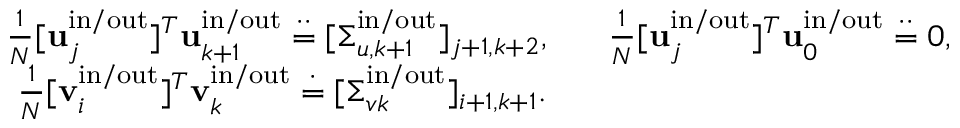
\begin{array} { r l } { \frac { 1 } { N } [ \mathbf { u } _ { j } ^ { \mathrm { i n } / \mathrm { o u t } } ] ^ { T } \mathbf { u } _ { k + 1 } ^ { \mathrm { i n } / \mathrm { o u t } } \stackrel { \cdot \cdot } { = } [ \boldsymbol { \Sigma } _ { u , k + 1 } ^ { \mathrm { i n } / \mathrm { o u t } } ] _ { j + 1 , k + 2 } , } & { \; \; \; \frac { 1 } { N } [ \mathbf { u } _ { j } ^ { \mathrm { i n } / \mathrm { o u t } } ] ^ { T } \mathbf { u } _ { 0 } ^ { \mathrm { i n } / \mathrm { o u t } } \stackrel { \cdot \cdot } { = } 0 , } \\ { \frac { 1 } { N } [ \mathbf { v } _ { i } ^ { \mathrm { i n } / \mathrm { o u t } } ] ^ { T } \mathbf { v } _ { k } ^ { \mathrm { i n } / \mathrm { o u t } } \stackrel { \cdot } { = } [ \boldsymbol { \Sigma } _ { v k } ^ { \mathrm { i n } / \mathrm { o u t } } ] _ { i + 1 , k + 1 } . } & { } \end{array}